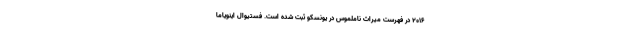
2016 در فهرست میراث ناملموس در یونسکو ثبت شده است. فستیوال اینویاما